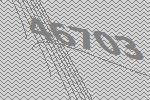
46703